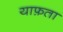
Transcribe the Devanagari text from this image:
याफ़ता